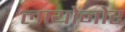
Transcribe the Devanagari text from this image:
लायोनोर